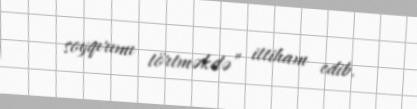
soyqırımı törtməkdə” ittiham edib.